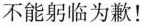
不能躬临为歉！